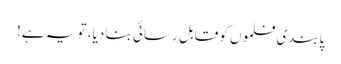
پابندی فلموں کو قابل رسائی بنا دیا، تو یہ ہے!